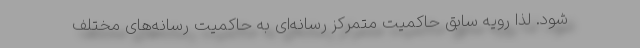
شود. لذا رویه سابق حاکمیت متمرکز رسانه‌ای به حاکمیت رسانه‌های مختلف